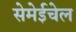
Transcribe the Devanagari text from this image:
सेमेईचेल